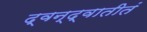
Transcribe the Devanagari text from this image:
द्वन्द्वातीतं